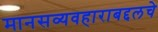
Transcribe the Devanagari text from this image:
मानसव्यवहाराबद्दलचे